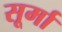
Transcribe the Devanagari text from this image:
सूर्मा